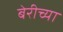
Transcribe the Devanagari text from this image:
बेरीच्या